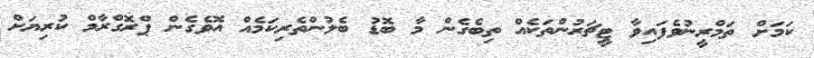
ކަމަށް ތަމްރީނުވެފައިވާ ޓީޗަރުންތަކެއް ތިބެގެން މާ ބޮޑު ބެލުންތެރިކަމެއް އޮވެގެން ޕްރޮގްރާމް ކުރިޔަށް